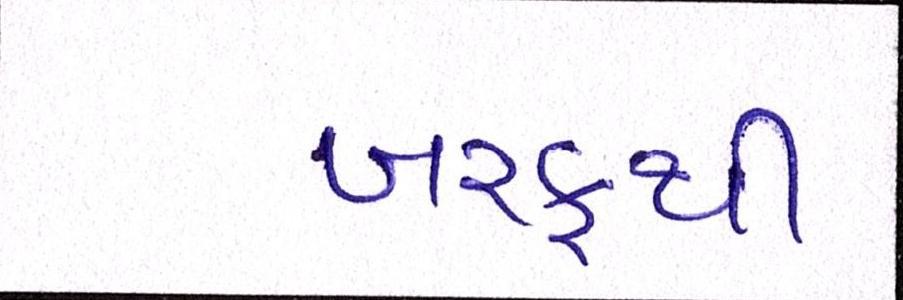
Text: બરફથી